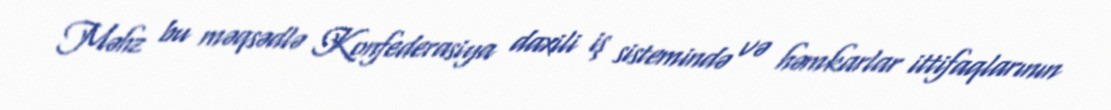
Məhz bu məqsədlə Konfederasiya daxili iş sistemində və həmkarlar ittifaqlarının